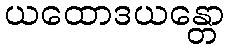
ယထောဒယန္တော